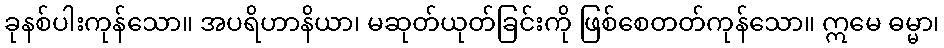
ခုနစ်ပါးကုန်သော။ အပရိဟာနိယာ၊ မဆုတ်ယုတ်ခြင်းကို ဖြစ်စေတတ်ကုန်သော။ ဣမေ ဓမ္မာ၊